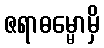
ဇရာဓမ္မောမှိ